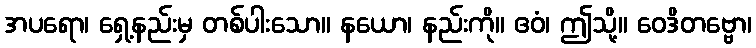
အပရော၊ ရှေ့နည်းမှ တစ်ပါးသော။ နယော၊ နည်းကို။ ဧဝံ၊ ဤသို့။ ဝေဒိတဗ္ဗော၊